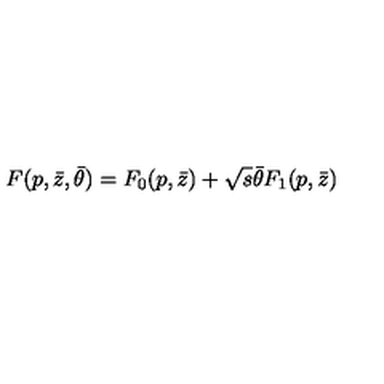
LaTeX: F ( p , \bar { z } , \bar { \theta } ) = F _ { 0 } ( p , \bar { z } ) + \sqrt { s } \bar { \theta } F _ { 1 } ( p , \bar { z } )